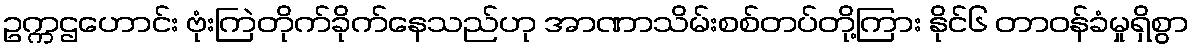
ဥက္ကဌဟောင်း ဗုံးကြဲတိုက်ခိုက်နေသည်ဟု အာဏာသိမ်းစစ်တပ်တို့ကြား နိုင်၆ တာဝန်ခံမှုရှိစွာ